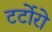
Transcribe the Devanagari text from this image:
टर्टोरो